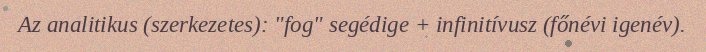
Az analitikus (szerkezetes): "fog" segédige + infinitívusz (főnévi igenév).